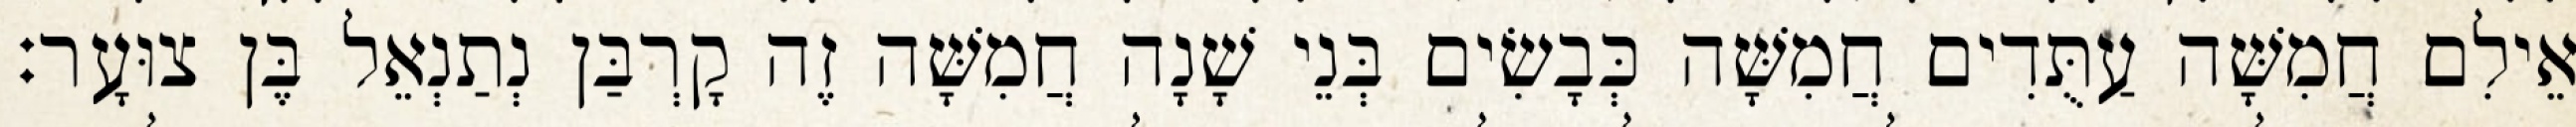
אֵילִם חֲמִשָּׁה עַתֻּדִים חֲמִשָּׁה כְּבָשִׂים בְּנֵי שָׁנָה חֲמִשָּׁה זֶה קָרְבַּן נְתַנְאֵל בֶּן צוּעָר׃